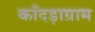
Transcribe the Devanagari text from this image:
काँदड़ाग्राम